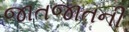
જાતજાતની